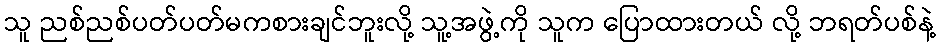
သူ ညစ်ညစ်ပတ်ပတ်မကစားချင်ဘူးလို့ သူ့အဖွဲ့ကို သူက ပြောထားတယ် လို့ ဘရတ်ပစ်နဲ့